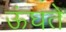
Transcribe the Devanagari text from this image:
ऊंघते